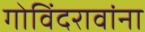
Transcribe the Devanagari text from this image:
गोविंदरावांना